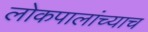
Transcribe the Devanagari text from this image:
लोकपालांच्याच